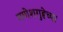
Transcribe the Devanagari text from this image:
गणेशगुहेच्या